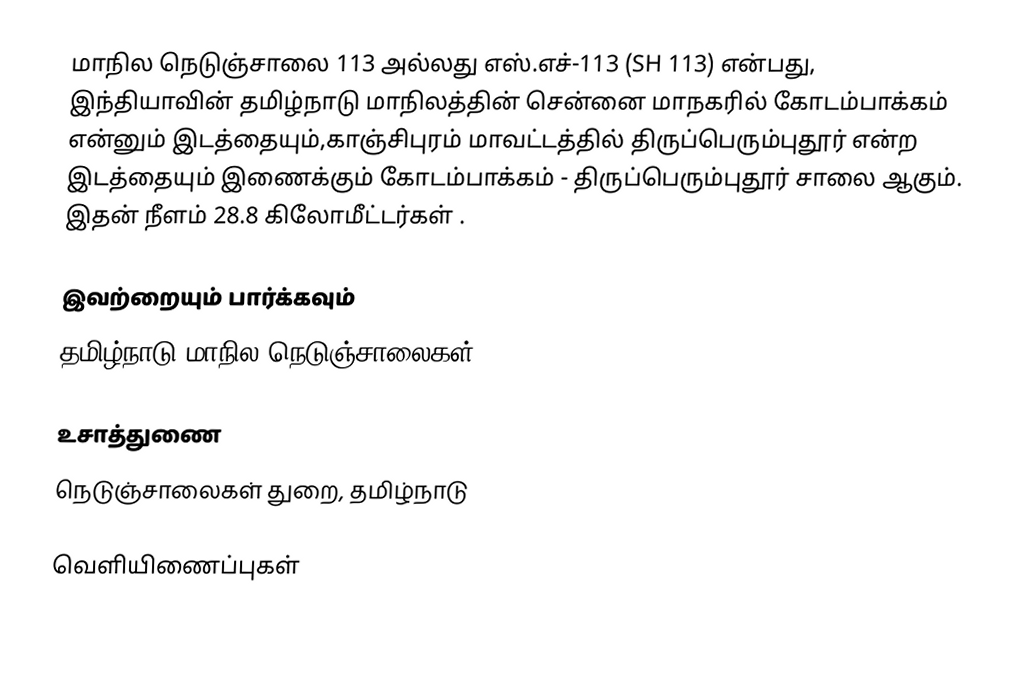
மாநில நெடுஞ்சாலை 113 அல்லது எஸ்.எச்-113 (SH 113) என்பது, இந்தியாவின் தமிழ்நாடு மாநிலத்தின் சென்னை மாநகரில் கோடம்பாக்கம் என்னும் இடத்தையும்,காஞ்சிபுரம் மாவட்டத்தில் திருப்பெரும்புதூர் என்ற இடத்தையும் இணைக்கும் கோடம்பாக்கம் - திருப்பெரும்புதூர் சாலை ஆகும். இதன் நீளம் 28.8  கிலோமீட்டர்கள் .

இவற்றையும் பார்க்கவும்
 தமிழ்நாடு மாநில நெடுஞ்சாலைகள்

உசாத்துணை
 நெடுஞ்சாலைகள் துறை, தமிழ்நாடு

வெளியிணைப்புகள்